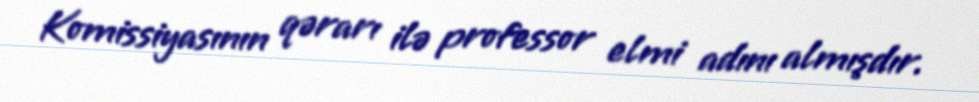
Komissiyasının qərarı ilə professor elmi adını almışdır.